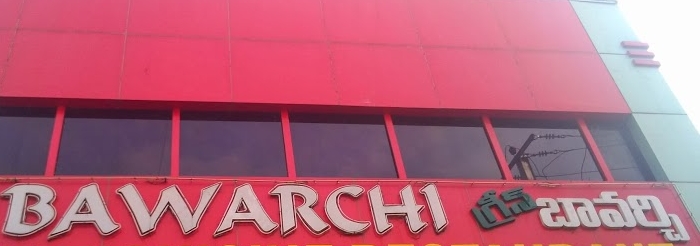
Language: telugu
Transcription: గ్రీన్ బావర్చి